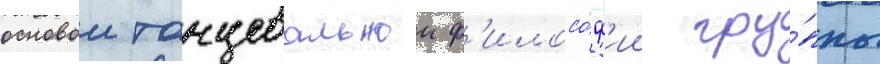
основои танцевальнои ф'илосо́ф'ии гру́ппы